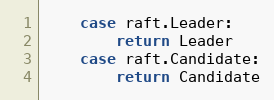
Language: Go
	case raft.Leader:
		return Leader
	case raft.Candidate:
		return Candidate